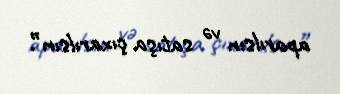
aparılsın və satışa çıxarılsın”.